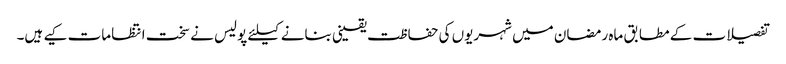
تفصیلات کے مطابق ماہ رمضان میں شہریوں کی حفاظت یقینی بنانے کیلئے پولیس نے سخت انتظامات کیے ہیں۔